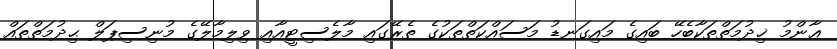
ޢާންމު ޚިދުމަތްތަކާބެހޭ ބައިގެ މައިގަނޑު މަސައްކަތްތަކުގެ ތެރޭގައި މާލެސިޓީއާއި ވިލިމާލޭގެ މުނިސިޕަލް ޙިދުމަތްތައް